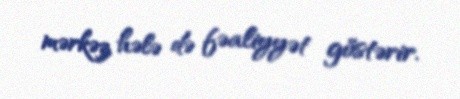
mərkəz hələ də fəaliyyət göstərir.